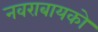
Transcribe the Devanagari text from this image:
नवराबायको